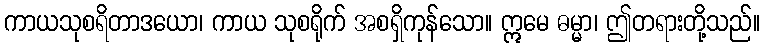
ကာယသုစရိတာဒယော၊ ကာယ သုစရိုက် အစရှိကုန်သော။ ဣမေ ဓမ္မာ၊ ဤတရားတို့သည်။